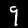
Digit: 9